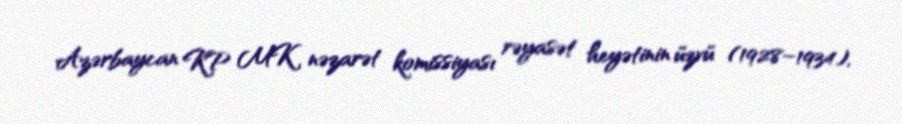
Azərbaycan KP MK nəzarət komissiyası rəyasət heyətinin üzvü (1928–1934),